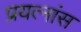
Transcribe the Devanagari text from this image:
प्रयत्नांस